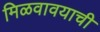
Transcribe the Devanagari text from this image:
मिळवावयाची